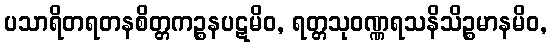
ပသာရိတရတနစိတ္တကဉ္စနပဋမိဝ, ရတ္တသုဝဏ္ဏရသနိသိဉ္စမာနမိဝ,